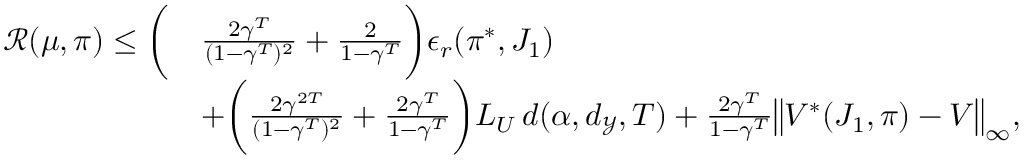
\begin{array} { r l } { \mathcal R ( \mu , \boldsymbol { \pi } ) \leq \biggl ( } & { \frac { 2 \gamma ^ { T } } { ( 1 - \gamma ^ { T } ) ^ { 2 } } + \frac { 2 } { 1 - \gamma ^ { T } } \biggr ) \epsilon _ { r } ( \boldsymbol { \pi } ^ { * } , J _ { 1 } ) } \\ & { + \biggl ( \frac { 2 \gamma ^ { 2 T } } { ( 1 - \gamma ^ { T } ) ^ { 2 } } + \frac { 2 \gamma ^ { T } } { 1 - \gamma ^ { T } } \biggr ) L _ { U } \, d ( \alpha , d _ { \mathcal { Y } } , T ) + \frac { 2 \gamma ^ { T } } { 1 - \gamma ^ { T } } \bigl \| V ^ { * } ( J _ { 1 } , \boldsymbol { \pi } ) - V \bigr \| _ { \infty } , } \end{array}